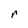
Character: r